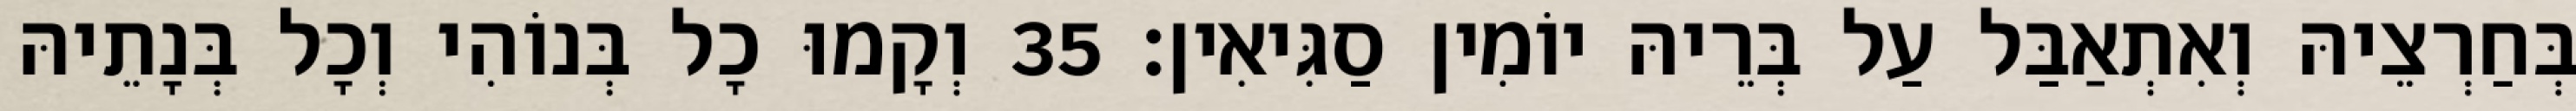
בְּחַרְצֵיהּ וְאִתְאַבַּל עַל בְּרֵיהּ יוֹמִין סַגִּיאִין׃ 35 וְקָמוּ כָל בְּנוֹהִי וְכָל בְּנָתֵיהּ